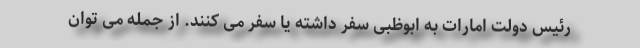
رئیس دولت امارات به ابوظبی سفر داشته یا سفر می کنند. از جمله می توان